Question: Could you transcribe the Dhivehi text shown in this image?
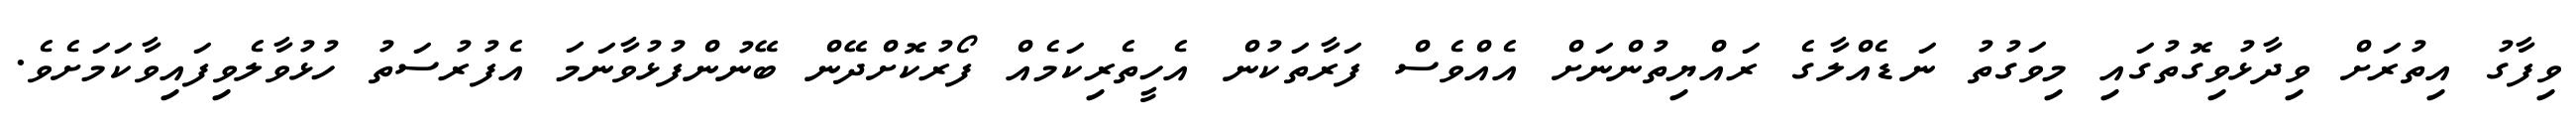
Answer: ވިފާގު އިތުރަށް ވިދާޅުވިގޮތުގައި މިވަގުތު ނަޑެއްލާގެ ރައްޔިތުންނަށް އެއްވެސް ފަރާތަކުން އެހީތެރިކަމެއް ފޯރުކޮށްދޭން ބޭނުންފުޅުވާނަމަ އެފުރުސަތު ހުޅުވާލެވިފައިވާކަމަށެވެ.